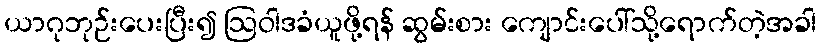
ယာဂုဘုဉ်းပေးပြီး၍ ဩဝါဒခံယူဖို့ရန် ဆွမ်းစား ကျောင်းပေါ်သို့ရောက်တဲ့အခါ